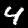
Label: 4